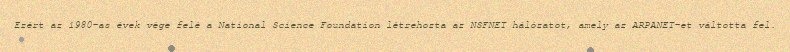
Ezért az 1980-as évek vége felé a National Science Foundation létrehozta az NSFNET hálózatot, amely az ARPANET-et váltotta fel.